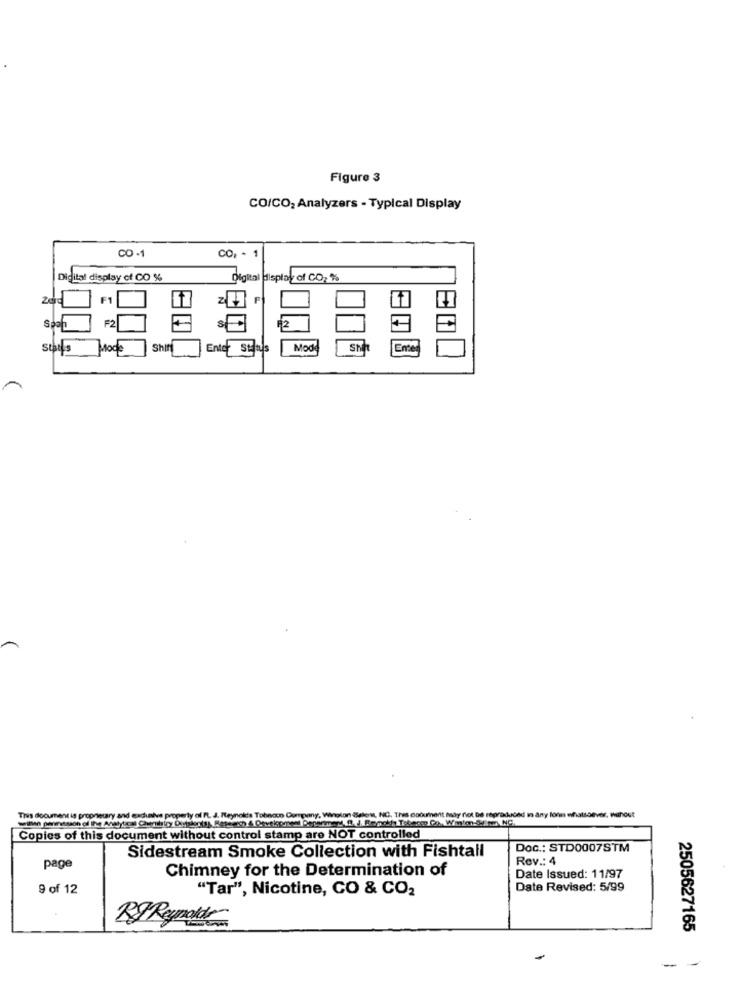
Figure 3
CO/CO2 Analyzers - Typical Display
CO -1
CO, .
Digital display of CO %
Digital display of CO2 %
F1
z
spoh
F2
12
Status
Mode
Shit
Entor Status
Mode
Shirt
EITC
Reynolds Tobncon Corrpimy, Wolon Balen, NC. This document May not be reproduced in any lohn whatsoever, whout
This document is proonecary and end
Copies of this document without control stamp are NOT controlled
Sidestream Smoke Collection with Fishtail
Doc .: STD0007STM
Rev .: 4
page
Chimney for the Determination of
Date Issued: 11/97
9 of 12
"Tar", Nicotine, CO & CO2
Date Revised: 5/99
BJ Reynolds
2505627165
-
-